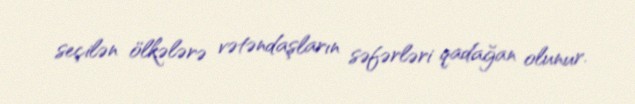
seçilən ölkələrə vətəndaşların səfərləri qadağan olunur.